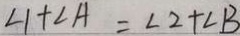
\angle 1 + \angle A = \angle 2 + \angle B